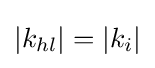
|k_{hl}|=|k_{i}|